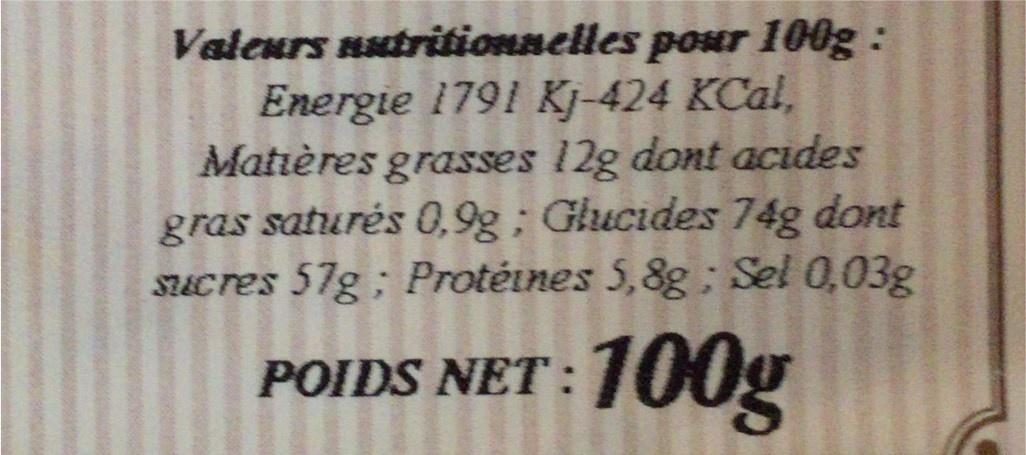
Valeurs uutritionnelles pour 100g: Energie 1791 Kj-424 KCal, Matières grasses 12g dont acıdes gras saturés 0,9g; Glucides 74g dont SUcres 57g; Protéines 5,8g ; Sel 0,03g
100g
POIDS NET: